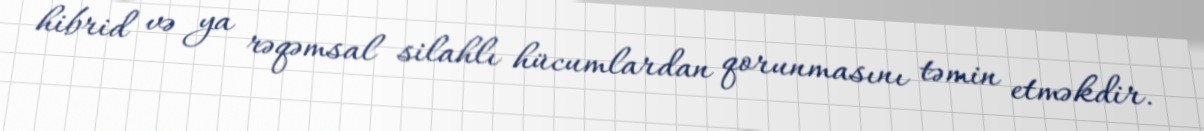
hibrid və ya rəqəmsal silahlı hücumlardan qorunmasını təmin etməkdir.